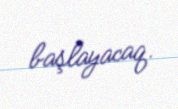
başlayacaq.